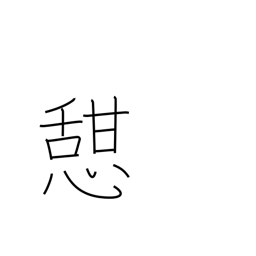
Meaning: take rest